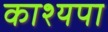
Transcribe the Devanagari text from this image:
काश्यपा